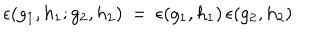
LaTeX: \epsilon ( g _ { 1 } , h _ { 1 } ; g _ { 2 } , h _ { 2 } ) \: = \: \epsilon ( g _ { 1 } , h _ { 1 } ) \, \epsilon ( g _ { 2 } , h _ { 2 } )